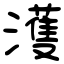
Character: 濩